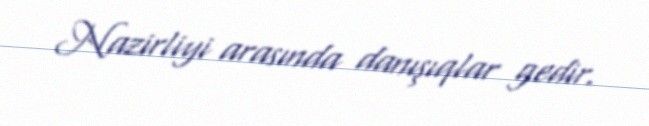
Nazirliyi arasında danışıqlar gedir.